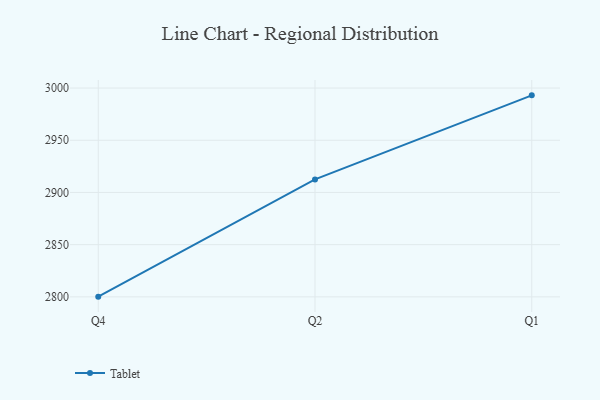
{"axis": {"x": "Quarter", "y": "Net Income (USD K)"}, "legend": ["Tablet"], "data": [{"x": "Q4", "y": 2800.2, "type": "Tablet"}, {"x": "Q2", "y": 2912.5, "type": "Tablet"}, {"x": "Q1", "y": 2993.0, "type": "Tablet"}]}